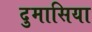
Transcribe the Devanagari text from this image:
दुमासिया